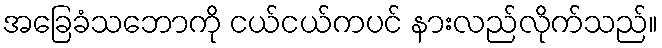
အခြေခံသဘောကို ငယ်ငယ်ကပင် နားလည်လိုက်သည်။